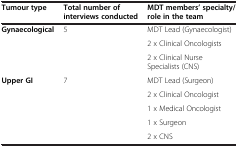
<table><thead><tr><td><b>Tumour type</b></td><td><b>Total number of interviews conducted</b></td><td><b>MDT members’ specialty/role in the team</b></td></tr></thead><tbody><tr><td rowspan="3"><b>Gynaecological</b></td><td rowspan="3">5</td><td>MDT Lead (Gynaecologist)</td></tr><tr><td>2 x Clinical Oncologists</td></tr><tr><td>2 x Clinical Nurse Specialists (CNS)</td></tr><tr><td rowspan="5"><b>Upper GI</b></td><td rowspan="5">7</td><td>MDT Lead (Surgeon)</td></tr><tr><td>2 x Clinical Oncologist</td></tr><tr><td>1 x Medical Oncologist</td></tr><tr><td>1 x Surgeon</td></tr><tr><td>2 x CNS</td></tr></tbody></table>